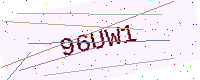
Text: 96UW1